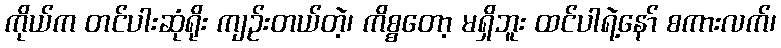
ကိုယ်က တင်ပါးဆုံရိုး ကျဉ်းတယ်တဲ့၊ ကိစ္စတော့ မရှိဘူး ထင်ပါရဲ့နော် စကားလက်၊